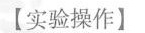
【实验操作】